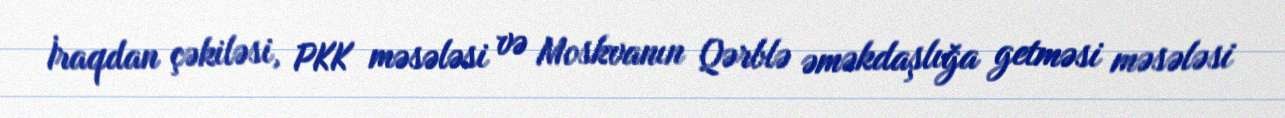
İraqdan çəkiləsi, PKK məsələsi və Moskvanın Qərblə əməkdaşlığa getməsi məsələsi